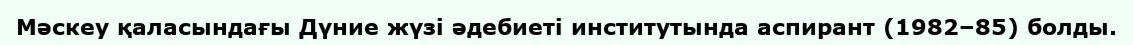
Мәскеу қаласындағы Дүние жүзі әдебиеті институтында аспирант (1982–85) болды.